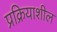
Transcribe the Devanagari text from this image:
प्रक्रियाशील